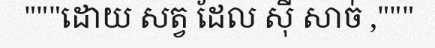
"""ដោយ សត្វ ដែល ស៊ី សាច់ ,"""